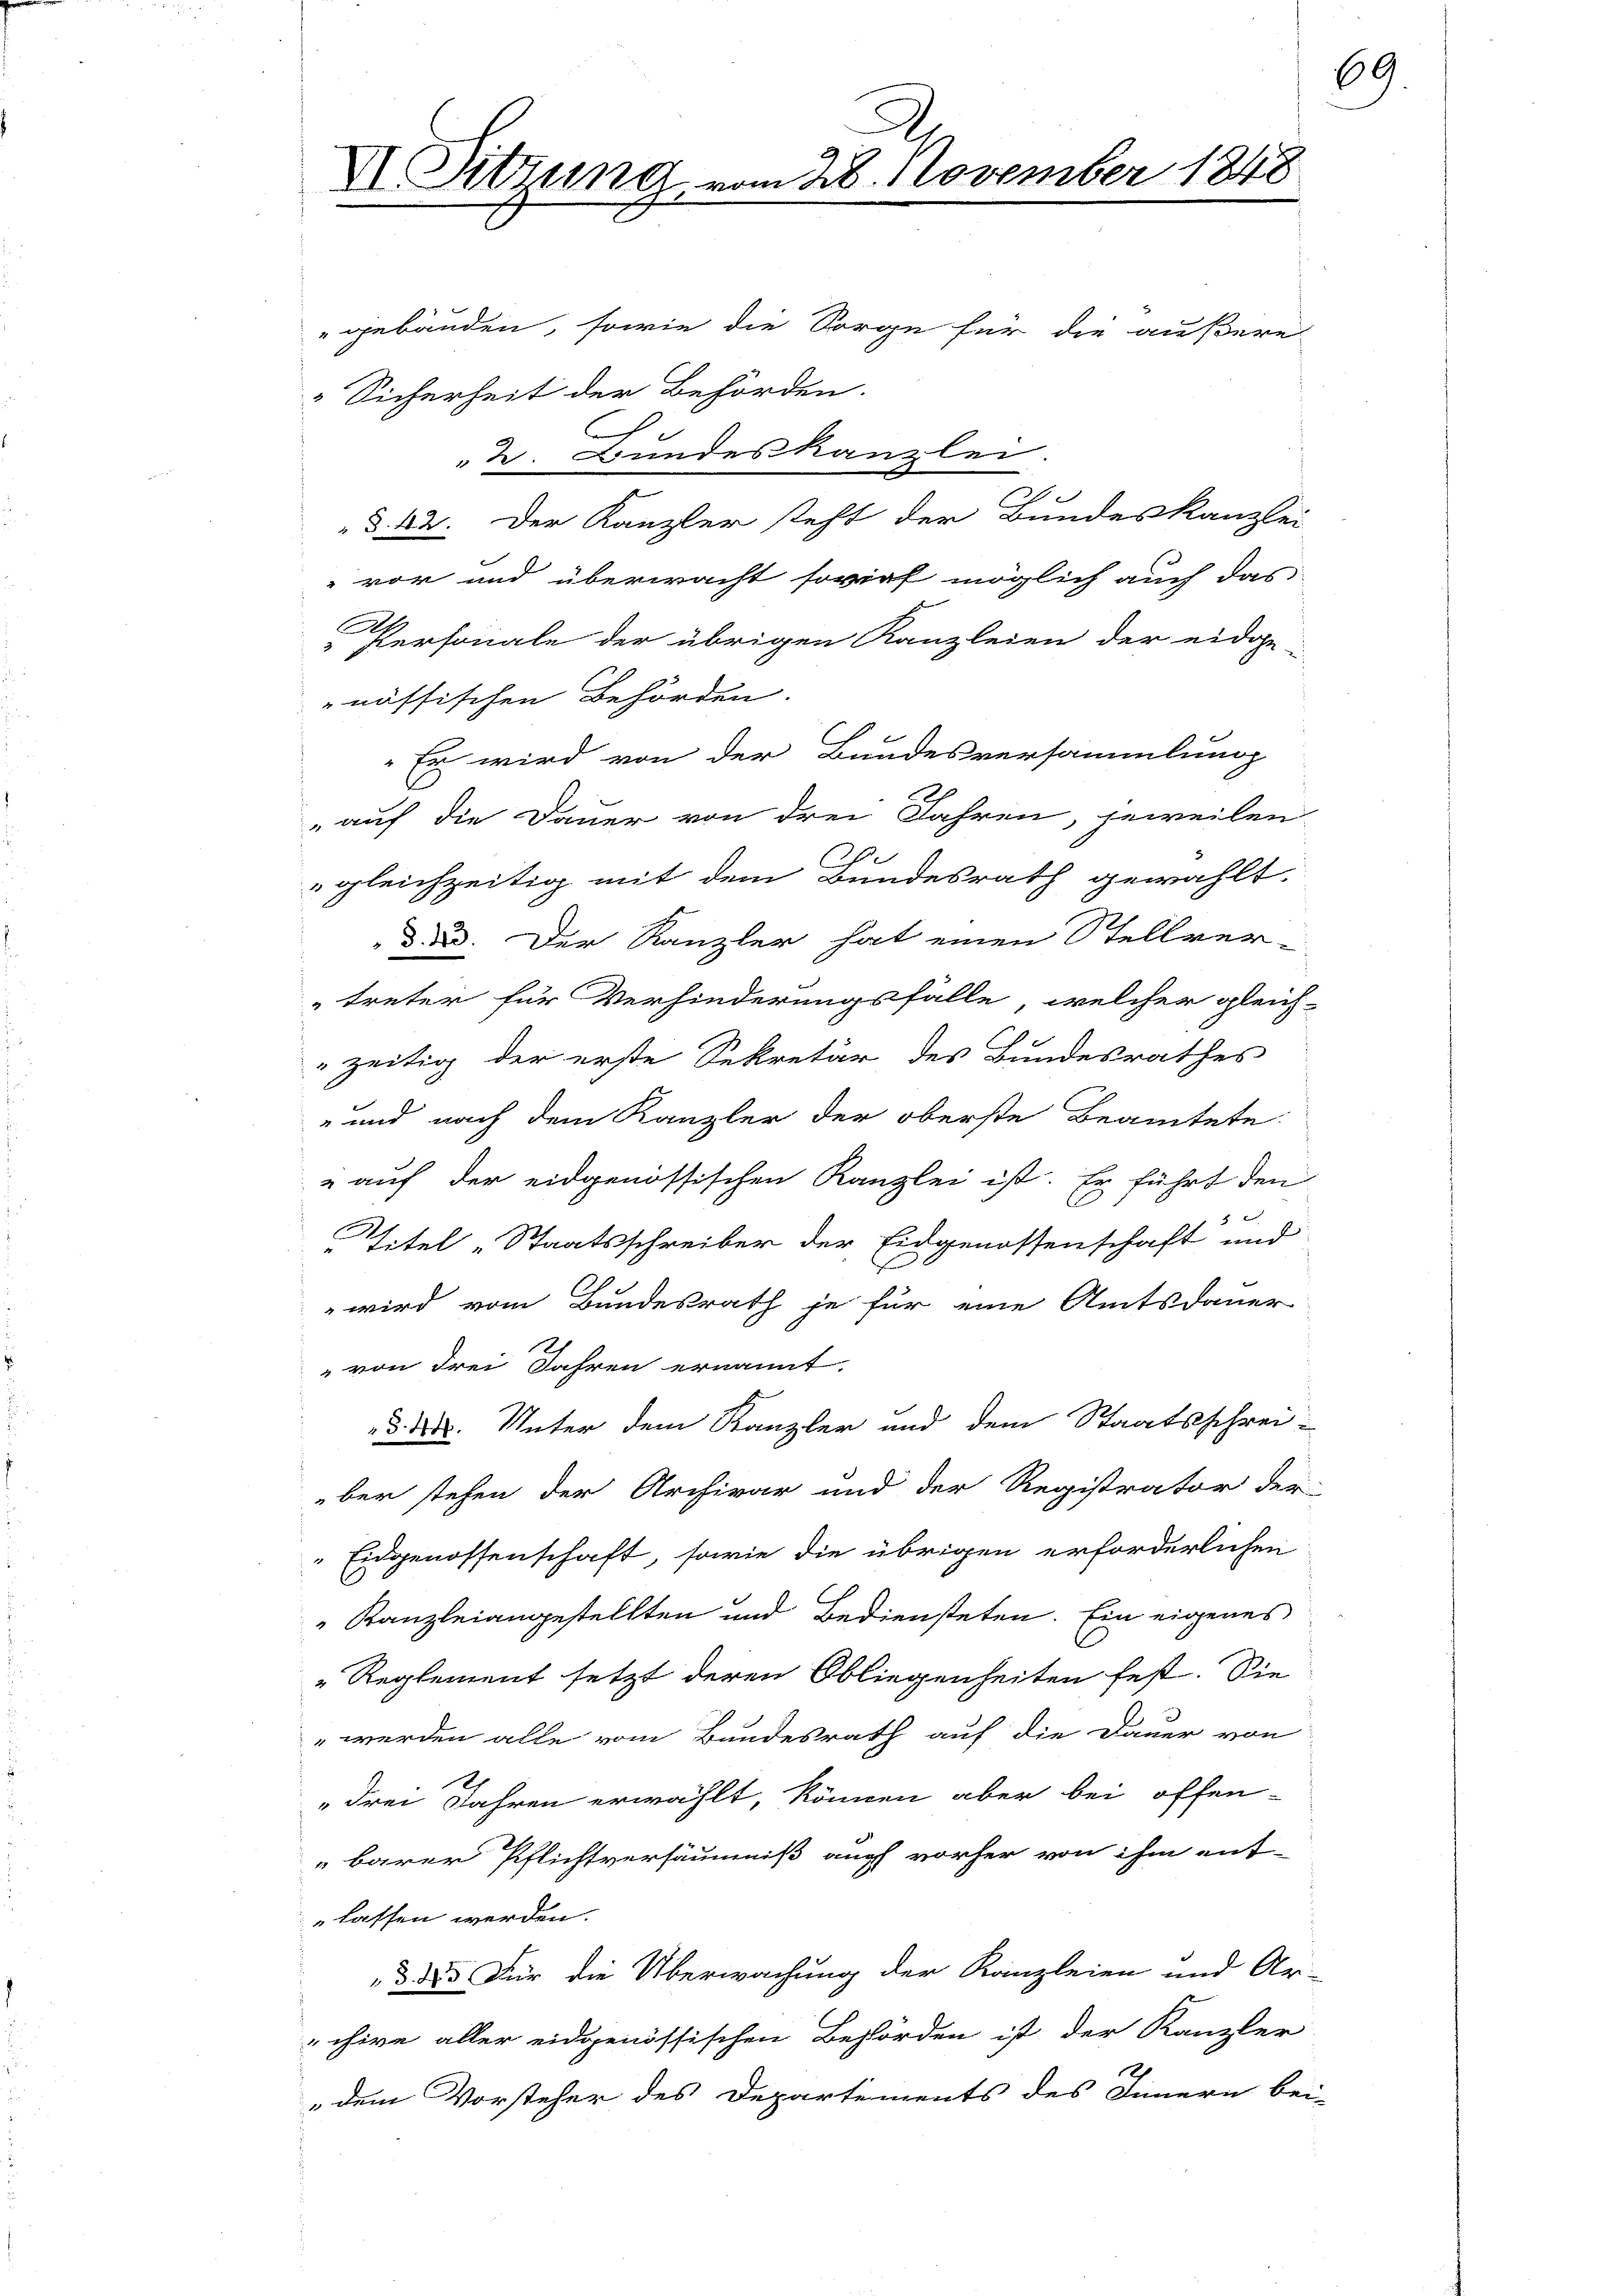
X. Sitzung vom 28. November 1848

gebäuden, sowie die Sorge für die äußere
Sicherheit der Behörden.
2. Bundeskanzlei.
§. 22. Der Kanzler steht der Bundeskanzlei
vor und überwacht soviel möglich auch das
A
Personale der übrigen Kanzleien der eidge
nössischen Behörden.
Es wird von der Bundesversammlung
„auf die Dauer von drei Jahren, jeweilen,
h
gleichzeitig mit dem Bundesrath gewählt.
da. Der Kanzler hat einen Stellver-
treter für Verhinderungsfälle, welcher gleich-
zeitig der erste Sekretär des Bundesrathes
und nach dem Kanzler der oberste Beamtete:
 auf der eidgenössischen Kanzlei ist. Er führt den
Titel „Staatsschreiber der Eidgenossenschaft und
wird vom Bundesrath je für eine Amtsdauer-
" von drei Jahren ernannt.
§. 4. Unter dem Kanzler und dem Staatsschrei-
ber stehen der Archivar und der Registrator der
Eidgenossenschaft, sowie die übrigen erforderlichen
Kanzleiangestellten und Bediensteten. Ein eigenes
Reglement setzt deren Obliegenheiten fest. Sie
„werden alle vom Bundesrath auf die Dauer von
„drei Jahren erwählt, können aber bei offen-
barer Pflichtversäumniß auch vorher von ihm ent-
lassen werden.
§. 325 Für die Überwachung der Kanzleien und Ar-
chire aller eidgenössischen Behörden ist der Kanzler
dem Vorsteher des Departements des Innern bei-

69